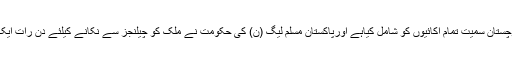
وزیر اعلیٰ نے کہا کہپنجاب حکومت نے قومی یکجہتی کے فروغ کیلئے اپنے پروگراموں میں بلوچستان سمیت تمام اکائیوں کو شامل کیاہے اورپاکستان مسلم لیگ (ن) کی حکومت نے ملک کو چیلنجز سے نکانے کیلئے دن رات ایک کیا ہے اور حکومت کی مخلصانہ جدوجہد کی بدولت ہی ملک ترقی کی شاہراہ پر گامزن ہوا ہے۔